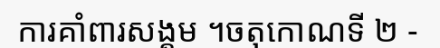
ការគាំពារសង្គម ។ចតុកោណទី ២ -